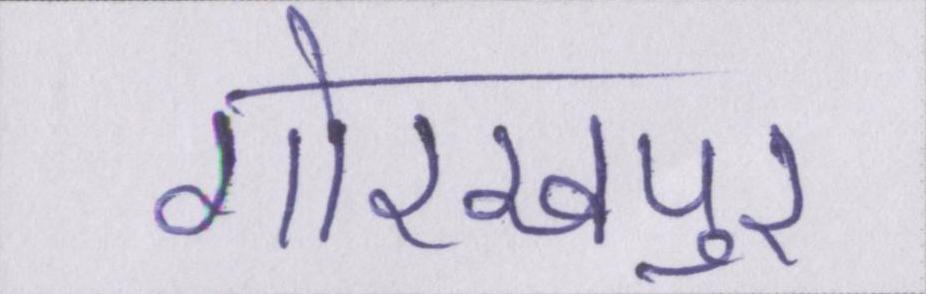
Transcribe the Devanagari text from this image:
गोरखपुर